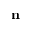
\mathbf { n }